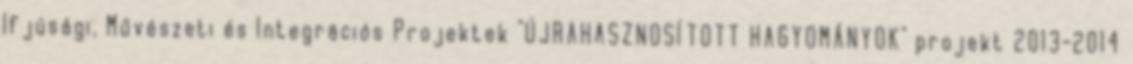
Ifjúsági, Művészeti és Integrációs Projektek "ÚJRAHASZNOSÍTOTT HAGYOMÁNYOK" projekt 2013-2014